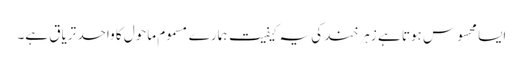
ایسا محسوس ہوتا ہے زہر خند کی یہ کیفیت ہمارے مسموم ماحول کا واحد تریاق ہے۔